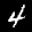
Label: 4